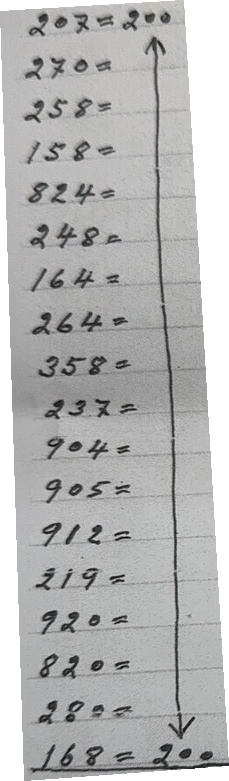
207 = 200
270 = 200
258  = 200
158 = 200
824 = 200
248 = 200
164 = 200
264 = 200
358 = 200
237 = 200
904 = 200
905 = 200
912 = 200
219 = 200
920 = 200
820 = 200
280 = 200
168 = 200